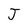
Character: J